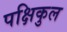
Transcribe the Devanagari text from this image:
पक्षिकुल